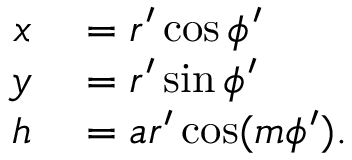
\begin{array} { r l } { x } & { { } = r ^ { \prime } \cos \phi ^ { \prime } } \\ { y } & { { } = r ^ { \prime } \sin \phi ^ { \prime } } \\ { h } & { { } = a r ^ { \prime } \cos ( m \phi ^ { \prime } ) . } \end{array}